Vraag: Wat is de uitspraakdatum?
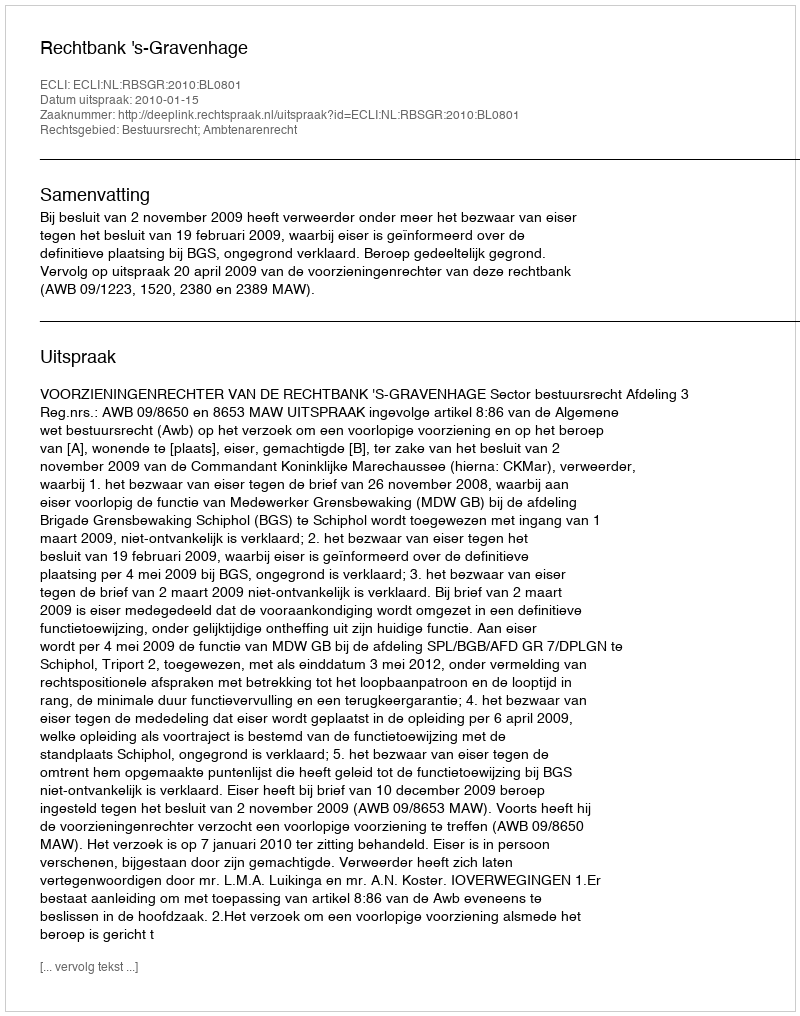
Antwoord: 2010-01-15